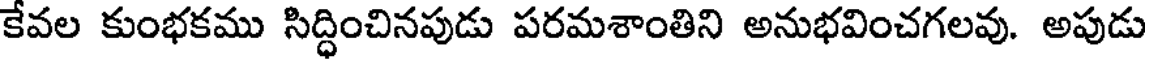
కేవల కుంభకము సిద్ధించినపుడు పరమశాంతిని అనుభవించగలవు. అపుడు